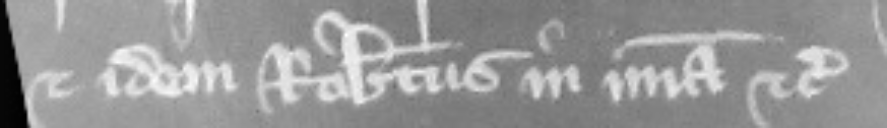
et idem Robertus in misericordia etc.